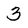
Character: 3